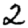
Digit: 2